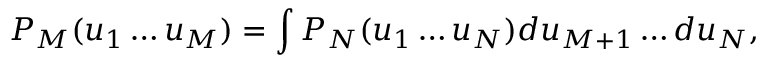
P _ { M } ( u _ { 1 } \dots u _ { M } ) = \int P _ { N } ( u _ { 1 } \dots u _ { N } ) d u _ { M + 1 } \dots d u _ { N } ,